Plague in India, 1896, 1897 - Volume 1
Year: 1896
Disease focus: Plague
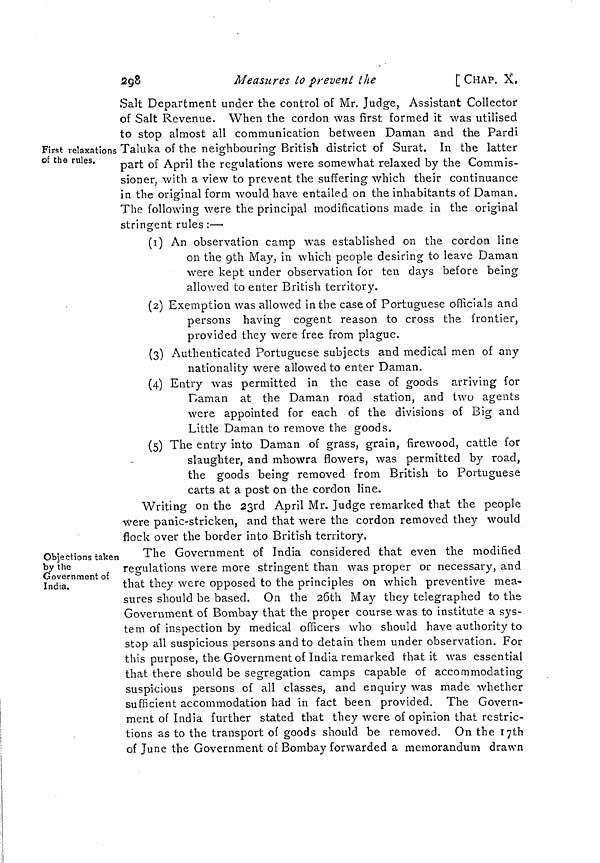
298
Measures to prevent the
[CHAP. X.
First relaxations
of the rules.
Salt Department under the control of Mr. Judge, Assistant Collector
of Salt Revenue. When the cordon was first formed it was utilised
to stop almost all communication between Daman and the Pardi
Taluka of the neighbouring British district of Surat. In the latter
part of April the regulations were somewhat relaxed by the Commis-
sioner, with a view to prevent the suffering which their continuance
in the original form would have entailed on the inhabitants of Daman.
The following were the principal modifications made in the original
stringent rules :—
(1) An observation camp was established on the cordon line
on the 9th May, in which people desiring to leave Daman
were kept under observation for ten days before being
allowed to enter British territory.
(2) Exemption was allowed in the case of Portuguese officials and
persons having cogent reason to cross the frontier,
provided they were free from plague.
(3) Authenticated Portuguese subjects and medical men of any
nationality were allowed to enter Daman.
(4) Entry was permitted in the case of goods arriving for
Daman at the Daman road station, and two agents
were appointed for each of the divisions of Big and
Little Daman to remove the goods.
(5) The entry into Daman of grass, grain, firewood, cattle for
slaughter, and mhowra flowers, was permitted by road,
the goods being removed from British to Portuguese
carts at a post on the cordon line.
Writing on the 23rd April Mr. Judge remarked that the people
were panic-stricken, and that were the cordon removed they would
flock over the border into British territory.
Objections taken
by the
Government of
India.
The Government of India considered that even the modified
regulations were more stringent than was proper or necessary, and
that they were opposed to the principles on which preventive mea-
sures should be based. On the 26th May they telegraphed to the
Government of Bombay that the proper course was to institute a sys-
tem of inspection by medical officers who should have authority to
stop all suspicious persons and to detain them under observation. For
this purpose, the Government of India remarked that it was essential
that there should be segregation camps capable of accommodating
suspicious persons of all classes, and enquiry was made whether
sufficient accommodation had in fact been provided. The Govern-
ment of India further stated that they were of opinion that restric-
tions as to the transport of goods should be removed. On the 17th
of June the Government of Bombay forwarded a memorandum drawn